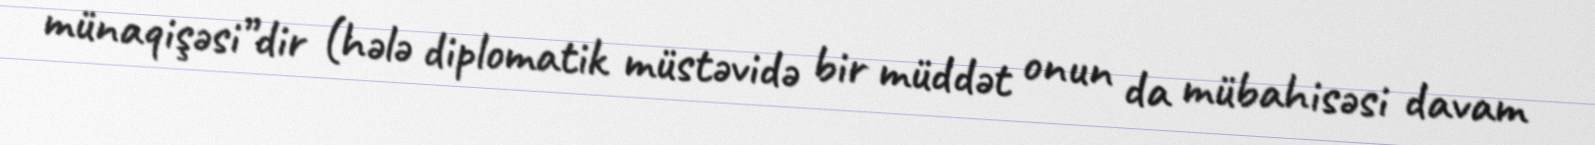
münaqişəsi”dir (hələ diplomatik müstəvidə bir müddət onun da mübahisəsi davam